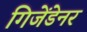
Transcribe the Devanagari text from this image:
गिजेंडेनर